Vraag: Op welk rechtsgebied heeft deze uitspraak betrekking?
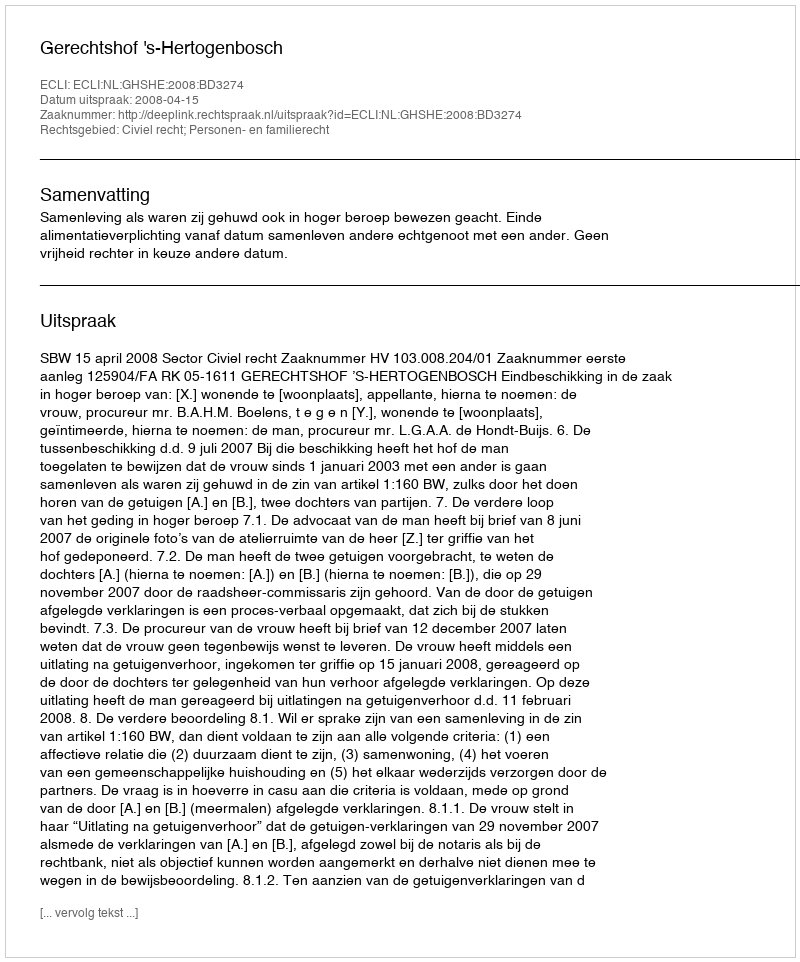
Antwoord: Civiel recht; Personen- en familierecht